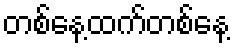
တစ်နေ့ထက်တစ်နေ့